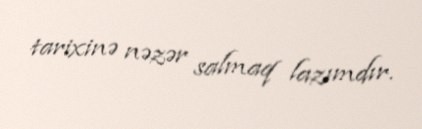
tarixinə nəzər salmaq lazımdır.